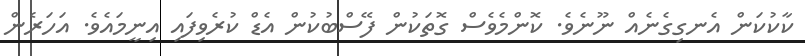
ކާކުކަން އެނގިގެނެއް ނޫނެވެ. ކޮންމެވެސް ގޮތަކުން ފޭސްބުކުން އެޑް ކުރެވިފައި އިނީމައެވެ. އަހަރެން